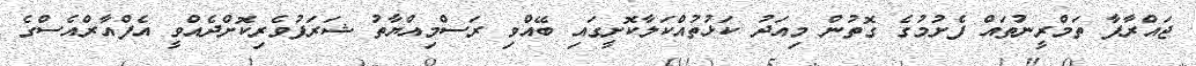
ޖައްރާފާ ތަމްރީނުތައް ފެށުމުގެ ގޮތުން މިއަދު ކަޅުތުއްކަލާކޮށީގައި ބޭއްވި ރަސްމިއްޔާތު ޝަރަފުވެރިކޮށްދެއްވީ އެފްއާރްއެސްގެ